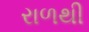
રાળથી